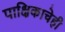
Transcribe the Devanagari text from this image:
पाक्षिकाचेही